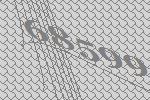
68599